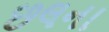
છલના